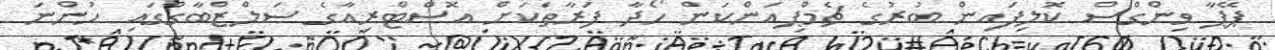
ޕޭޕާ ވިންގްސް ކޮލިފައިން ބުރުގެ ޗެމްޕިއަންކަން ހޯދާ ފަރާތަކަށް އޮސްޓްރިއާގެ ސަލްޒްބާގްގައި ހުންނަ